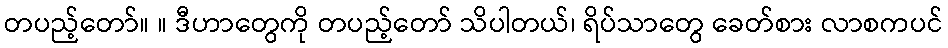
တပည့်တော်။ ။ ဒီဟာတွေကို တပည့်တော် သိပါတယ်၊ ရိပ်သာတွေ ခေတ်စား လာစကပင်